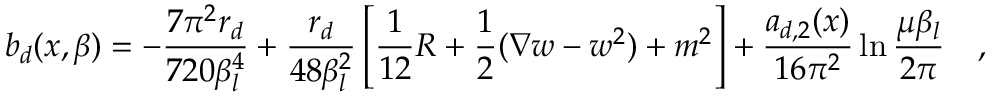
b _ { d } ( x , \beta ) = - { \frac { 7 \pi ^ { 2 } r _ { d } } { 7 2 0 \beta _ { l } ^ { 4 } } } + { \frac { r _ { d } } { 4 8 \beta _ { l } ^ { 2 } } } \left[ { \frac { 1 } { 1 2 } } R + \frac 1 2 ( \nabla w - w ^ { 2 } ) + m ^ { 2 } \right] + { \frac { a _ { d , 2 } ( x ) } { 1 6 \pi ^ { 2 } } } \ln { \frac { \mu \beta _ { l } } { 2 \pi } } ~ ~ ~ ,